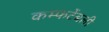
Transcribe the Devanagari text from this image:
कम्फर्टेबली